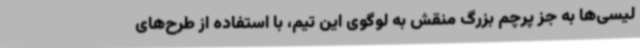
لیسی‌ها به جز پرچم بزرگ منقش به لوگوی این تیم، با استفاده از طرح‌های